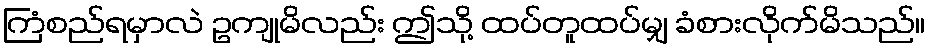
ကြံစည်ရမှာလဲ ဥကျုမိလည်း ဤသို့ ထပ်တူထပ်မျှ ခံစားလိုက်မိသည်။